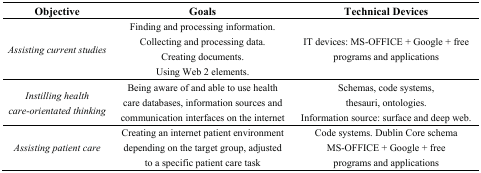
| Objective | Goals | Technical Devices |
 | --- | --- | --- |
 | Assisting current studies | Finding and processing information.Collecting and processing data.Creating documents.Using Web 2 elements. | IT devices: MS-OFFICE + Google + free programs and applications |
 | Instilling health care-orientated thinking | Being aware of and able to use health care databases, information sources and communication interfaces on the internet | Schemas, code systems, thesauri, ontologies.Information source: surface and deep web. |
 | Assisting patient care | Creating an internet patient environment depending on the target group, adjusted to a specific patient care task | Code systems. Dublin Core schemaMS-OFFICE + Google + free programs and applications |